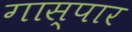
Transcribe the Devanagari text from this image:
गास्पार